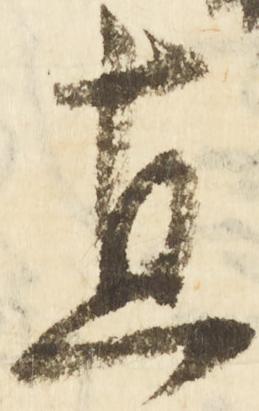
直